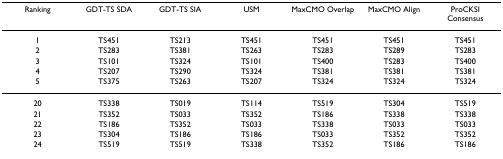
| Ranking | GDT-TS SDA | GDT-TS SIA | USM | MaxCMO Overlap | MaxCMO Align | ProCKSI Consensus |
 | --- | --- | --- | --- | --- | --- | --- |
 | 1 | TS451 | TS213 | TS451 | TS451 | TS451 | TS451 |
 | 2 | TS283 | TS381 | TS263 | TS283 | TS289 | TS283 |
 | 3 | TS101 | TS324 | TS101 | TS400 | TS283 | TS400 |
 | 4 | TS207 | TS290 | TS324 | TS381 | TS381 | TS381 |
 | 5 | TS375 | TS263 | TS207 | TS324 | TS324 | TS324 |
 | 20 | TS338 | TS019 | TS114 | TS519 | TS304 | TS519 |
 | 21 | TS352 | TS033 | TS352 | TS186 | TS338 | TS338 |
 | 22 | TS186 | TS352 | TS033 | TS338 | TS033 | TS033 |
 | 23 | TS304 | TS186 | TS186 | TS033 | TS352 | TS352 |
 | 24 | TS519 | TS519 | TS338 | TS352 | TS186 | TS186 |